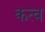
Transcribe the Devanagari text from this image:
कत्व